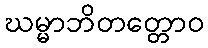
ဃမ္မာဘိတတ္တောဝ